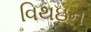
વિથઇન